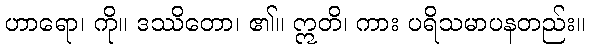
ဟာရော၊ ကို။ ဒဿိတော၊ ၏။ ဣတိ၊ ကား ပရိသမာပနတည်း။